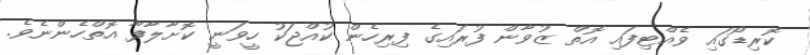
ކޮރިޑޯގައި ވެއްޓިފައި އޮތް ޒުވާން ފުރައިގެ ފިރިހެން ކުއްޖަކު ހީވަނީ ކޮށާލާފާ އޮތްހެންނެވެ.